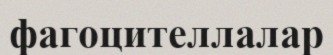
фагоцителлалар